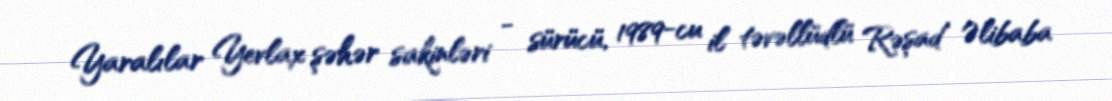
Yaralılar Yevlax şəhər sakinləri - sürücü, 1989-cu il təvəllüdlü Rəşad Əlibaba